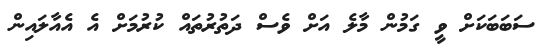
ސަބަބަކަށް ވީ ގަމުން މާލެ އަށް ވެސް ދަތުރުތައް ކުރުމަށް އެ އެއާލައިން